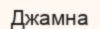
Джамна